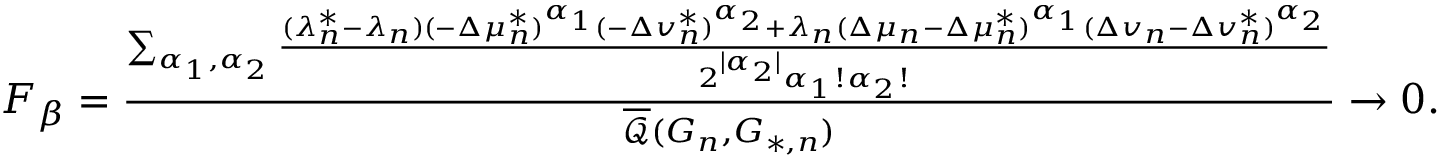
\begin{array} { r } { F _ { \beta } = \frac { \sum _ { \alpha _ { 1 } , \alpha _ { 2 } } { \frac { ( \lambda _ { n } ^ { * } - \lambda _ { n } ) ( - \Delta \mu _ { n } ^ { * } ) ^ { \alpha _ { 1 } } ( - \Delta v _ { n } ^ { * } ) ^ { \alpha _ { 2 } } + \lambda _ { n } ( \Delta \mu _ { n } - \Delta \mu _ { n } ^ { * } ) ^ { \alpha _ { 1 } } ( \Delta v _ { n } - \Delta v _ { n } ^ { * } ) ^ { \alpha _ { 2 } } } { 2 ^ { | \alpha _ { 2 } | } \alpha _ { 1 } ! \alpha _ { 2 } ! } } } { \overline { { \mathcal { Q } } } ( G _ { n } , G _ { * , n } ) } \to 0 . } \end{array}